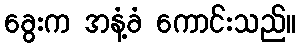
ခွေးက အနံ့ခံ ကောင်းသည်။